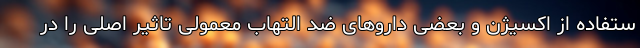
ستفاده از اکسیژن و بعضی دارو‌های ضد التهاب معمولی تاثیر اصلی را در